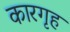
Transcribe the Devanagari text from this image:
कारगृह